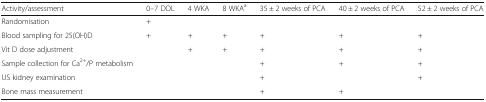
<table><thead><tr><td><b>Activity/assessment</b></td><td><b>0–7 DOL</b></td><td><b>4 WKA</b></td><td><b>8 WKA<sup>a</sup></b></td><td><b>35 ± 2 weeks of PCA</b></td><td><b>40 ± 2 weeks of PCA</b></td><td><b>52 ± 2 weeks of PCA</b></td></tr></thead><tbody><tr><td>Randomisation</td><td>+</td><td></td><td></td><td></td><td></td><td></td></tr><tr><td>Blood sampling for 25(OH)D</td><td>+</td><td>+</td><td>+</td><td>+</td><td>+</td><td>+</td></tr><tr><td>Vit D dose adjustment</td><td></td><td>+</td><td>+</td><td>+</td><td>+</td><td>+</td></tr><tr><td>Sample collection for Ca<sup>2+</sup>/P metabolism</td><td></td><td></td><td></td><td>+</td><td>+</td><td>+</td></tr><tr><td>US kidney examination</td><td></td><td></td><td></td><td>+</td><td></td><td>+</td></tr><tr><td>Bone mass measurement</td><td></td><td></td><td></td><td>+</td><td>+</td><td></td></tr></tbody></table>